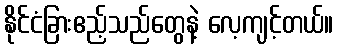
နိုင်ငံခြားဧည့်သည်တွေနဲ့ လေ့ကျင့်တယ်။